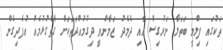
ތަކުގައި ފިލްމީ ބަތަލާ ނަރުގިސް އާއި ދެމެދު ޒަމާންވީ ދިގުމުއްދަތަކަށް ގާތްގުޅުމެއް އުފެދިގެން